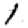
Digit: 1